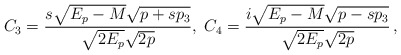
\begin{align*}C_3 = {s\sqrt{E_p-M}\sqrt{p+sp_3}\over \sqrt{2E_p}\sqrt{2p}}, \;C_4 = {i\sqrt{E_p-M}\sqrt{p-sp_3}\over \sqrt{2E_p}\sqrt{2p}}\,,\end{align*}